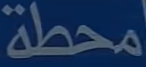
محطة